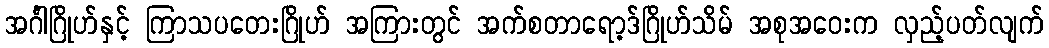
အင်္ဂါဂြိုဟ်နှင့် ကြာသပတေးဂြိုဟ် အကြားတွင် အက်စတာရော့ဒ်ဂြိုဟ်သိမ် အစုအဝေးက လှည့်ပတ်လျက်